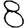
Digit: 8